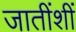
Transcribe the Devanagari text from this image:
जातींशीं